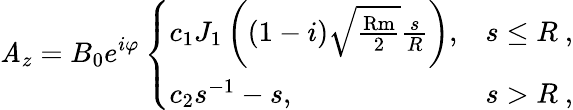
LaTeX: \mathit{A}_{z}=B_{0}e^{i\varphi}\left\{ \begin{array}{ll}{c_{1}J_{1}\left((1-i)\sqrt{\frac{\mathrm{Rm}}{2}}\frac{s}{R}\right),}&{s\leq R~,}\\ {c_{2}s^{-1}-s,}&{s>R~,}\end{array}\right.